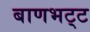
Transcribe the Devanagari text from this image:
बाणभट्‌ट